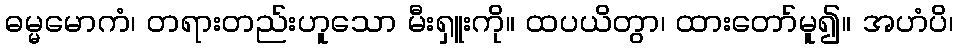
ဓမ္မမောကံ၊ တရားတည်းဟူသော မီးရှူးကို။ ထပယိတွာ၊ ထားတော်မူ၍။ အဟံပိ၊